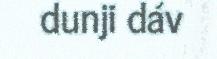
dunji dáv